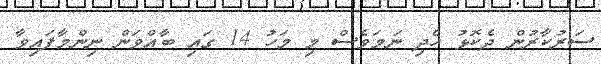
ސަރުކާރުން ދެކޮޅު ހެދި ނަމަވެސް މި މަހު 14 ގައި ބާއްވަން ނިންމާފައިވާ